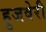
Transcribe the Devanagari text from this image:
हुजवेरी